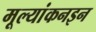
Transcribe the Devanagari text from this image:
मूल्यांकनइन